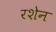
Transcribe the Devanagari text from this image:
रशेन